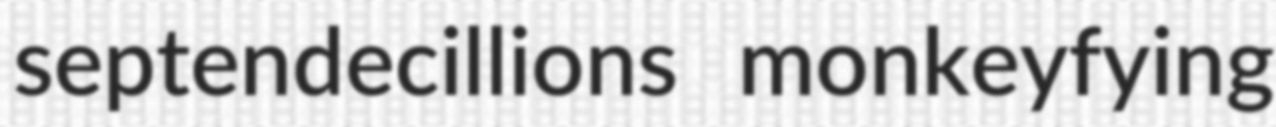
septendecillions monkeyfying